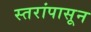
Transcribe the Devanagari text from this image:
स्तरांपासून